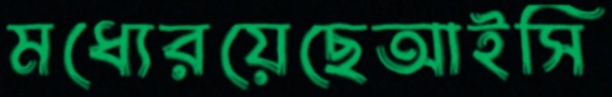
মধ্যেরয়েছেআইসি